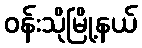
ဝန်းသိုမြို့နယ်